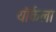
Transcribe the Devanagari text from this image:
यॉर्कला